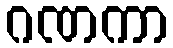
ဂဏကာ